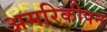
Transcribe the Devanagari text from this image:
अमरिकीपन